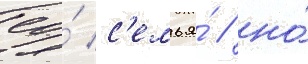
ео́ с'емья́ / но́